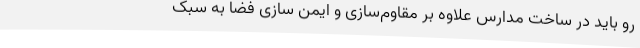
رو باید در ساخت مدارس علاوه بر مقاوم‌سازی و ایمن سازی فضا به سبک